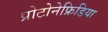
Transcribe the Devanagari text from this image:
प्रोटोनेफ्रिडिया